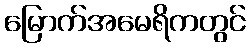
မြောက်အမေရိကတွင်